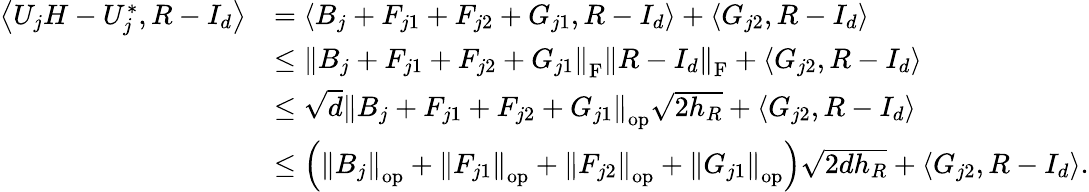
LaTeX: \begin{array}{rl}{\left\langle U_{j}H-U_{j}^{*},R-I_{d}\right\rangle}&{=\left\langle B_{j}+F_{j1}+F_{j2}+G_{j1},R-I_{d}\right\rangle+\left\langle G_{j2},R-I_{d}\right\rangle}\\ &{\leq\left\| {B_{j}+F_{j1}+F_{j2}+G_{j1}}\right\| _{\mathrm{F}}\left\| {R-I_{d}}\right\| _{\mathrm{F}}+\left\langle G_{j2},R-I_{d}\right\rangle}\\ &{\leq\sqrt{d}\left\| {B_{j}+F_{j1}+F_{j2}+G_{j1}}\right\| _{\mathrm{op}}\sqrt{2h_{R}}+\left\langle G_{j2},R-I_{d}\right\rangle}\\ &{\leq\left(\left\| {B_{j}}\right\| _{\mathrm{op}}+\left\| {F_{j1}}\right\| _{\mathrm{op}}+\left\| {F_{j2}}\right\| _{\mathrm{op}}+\left\| {G_{j1}}\right\| _{\mathrm{op}}\right)\sqrt{2dh_{R}}+\left\langle G_{j2},R-I_{d}\right\rangle.}\end{array}